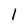
Character: 1